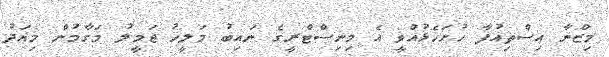
މިޒްނާ އިސްތިއުފާ ހުށަހެޅުއްވީ އެ މިނިސްޓްރީގެ ނައިބު މަލީހު ޖަމީލު މަގާމުން މިއަދު